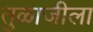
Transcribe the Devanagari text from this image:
तुळाजीला